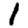
Digit: 1